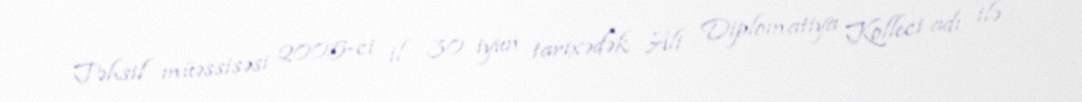
Təhsil müəssisəsi 2005-ci il 30 iyun tarixədək Ali Diplomatiya Kolleci adı ilə